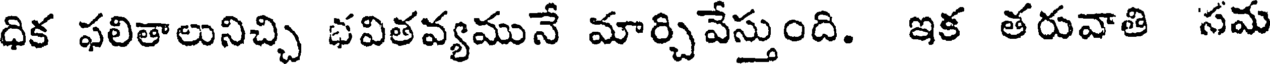
ధిక ఫలితాలునిచ్చి భవితవ్యమునే మార్చివేస్తుంది. ఇక తరువాతి సమ